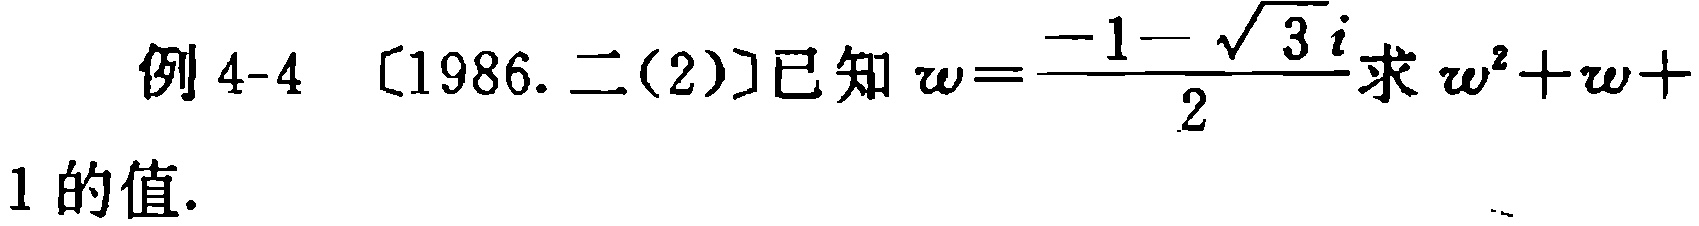
例 4-4 [1986. 二(2)]已知 \(w = \frac{-1 - \sqrt{3}i}{2}\)求 \(w^{2}+w + 1\)的值.